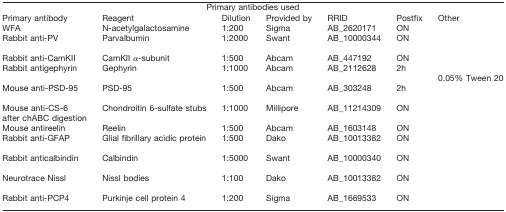
<table><thead><tr><td colspan="7"><b>Primary antibodies used</b></td></tr><tr><td><b>Primary antibody</b></td><td><b>Reagent</b></td><td><b>Dilution</b></td><td><b>Provided by</b></td><td><b>RRID</b></td><td><b>Postfix</b></td><td><b>Other</b></td></tr></thead><tbody><tr><td>WFA</td><td>N-acetylgalactosamine</td><td>1:200</td><td>Sigma</td><td>AB_2620171</td><td>ON</td><td></td></tr><tr><td>Rabbit anti-PV</td><td>Parvalbumin</td><td>1:2000</td><td>Swant</td><td>AB_10000344</td><td>ON</td><td></td></tr><tr><td>Rabbit anti-CamKII</td><td>CamKII α-subunit</td><td>1:500</td><td>Abcam</td><td>AB_447192</td><td>ON</td></tr><tr><td>Rabbit antigephyrin</td><td>Gephyrin</td><td>1:1000</td><td>Abcam</td><td>AB_2112628</td><td>2h</td><td></td></tr><tr><td></td><td></td><td></td><td></td><td></td><td></td><td>0.05% Tween 20</td></tr><tr><td>Mouse anti-PSD-95</td><td>PSD-95</td><td>1:500</td><td>Abcam</td><td>AB_303248</td><td>2h</td><td></td></tr><tr><td>Mouse anti-CS-6</td><td>Chondroitin 6-sulfate stubs</td><td>1:1000</td><td>Millipore</td><td>AB_11214309</td><td>ON</td><td></td></tr><tr><td>after chABC digestion</td></tr><tr><td>Mouse antireelin</td><td>Reelin</td><td>1:500</td><td>Abcam</td><td>AB_1603148</td><td>ON</td><td></td></tr><tr><td>Rabbit anti-GFAP</td><td>Glial fibrillary acidic protein</td><td>1:500</td><td>Dako</td><td>AB_10013382</td><td>ON</td><td></td></tr><tr><td>Rabbit anticalbindin</td><td>Calbindin</td><td>1:5000</td><td>Swant</td><td>AB_10000340</td><td>ON</td><td></td></tr><tr><td>Neurotrace Nissl</td><td>Nissl bodies</td><td>1:100</td><td>Dako</td><td>AB_10013382</td><td>ON</td></tr><tr><td>Rabbit anti-PCP4</td><td>Purkinje cell protein 4</td><td>1:200</td><td>Sigma</td><td>AB_1669533</td><td>ON</td></tr></tbody></table>